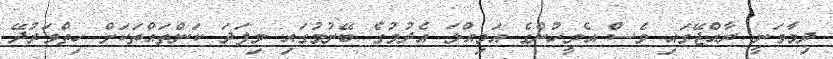
ދިމާވަނީ ރާއްޖޭގައި ވެސް އެމީހުންގެ އަމިއްލަ އެދުމުގެ ބޭނުމުގައި މިފަދަ ކަންތައްތަކަށް ހިތްވަރުދޭ